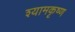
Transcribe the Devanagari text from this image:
श्यामकृष्ण